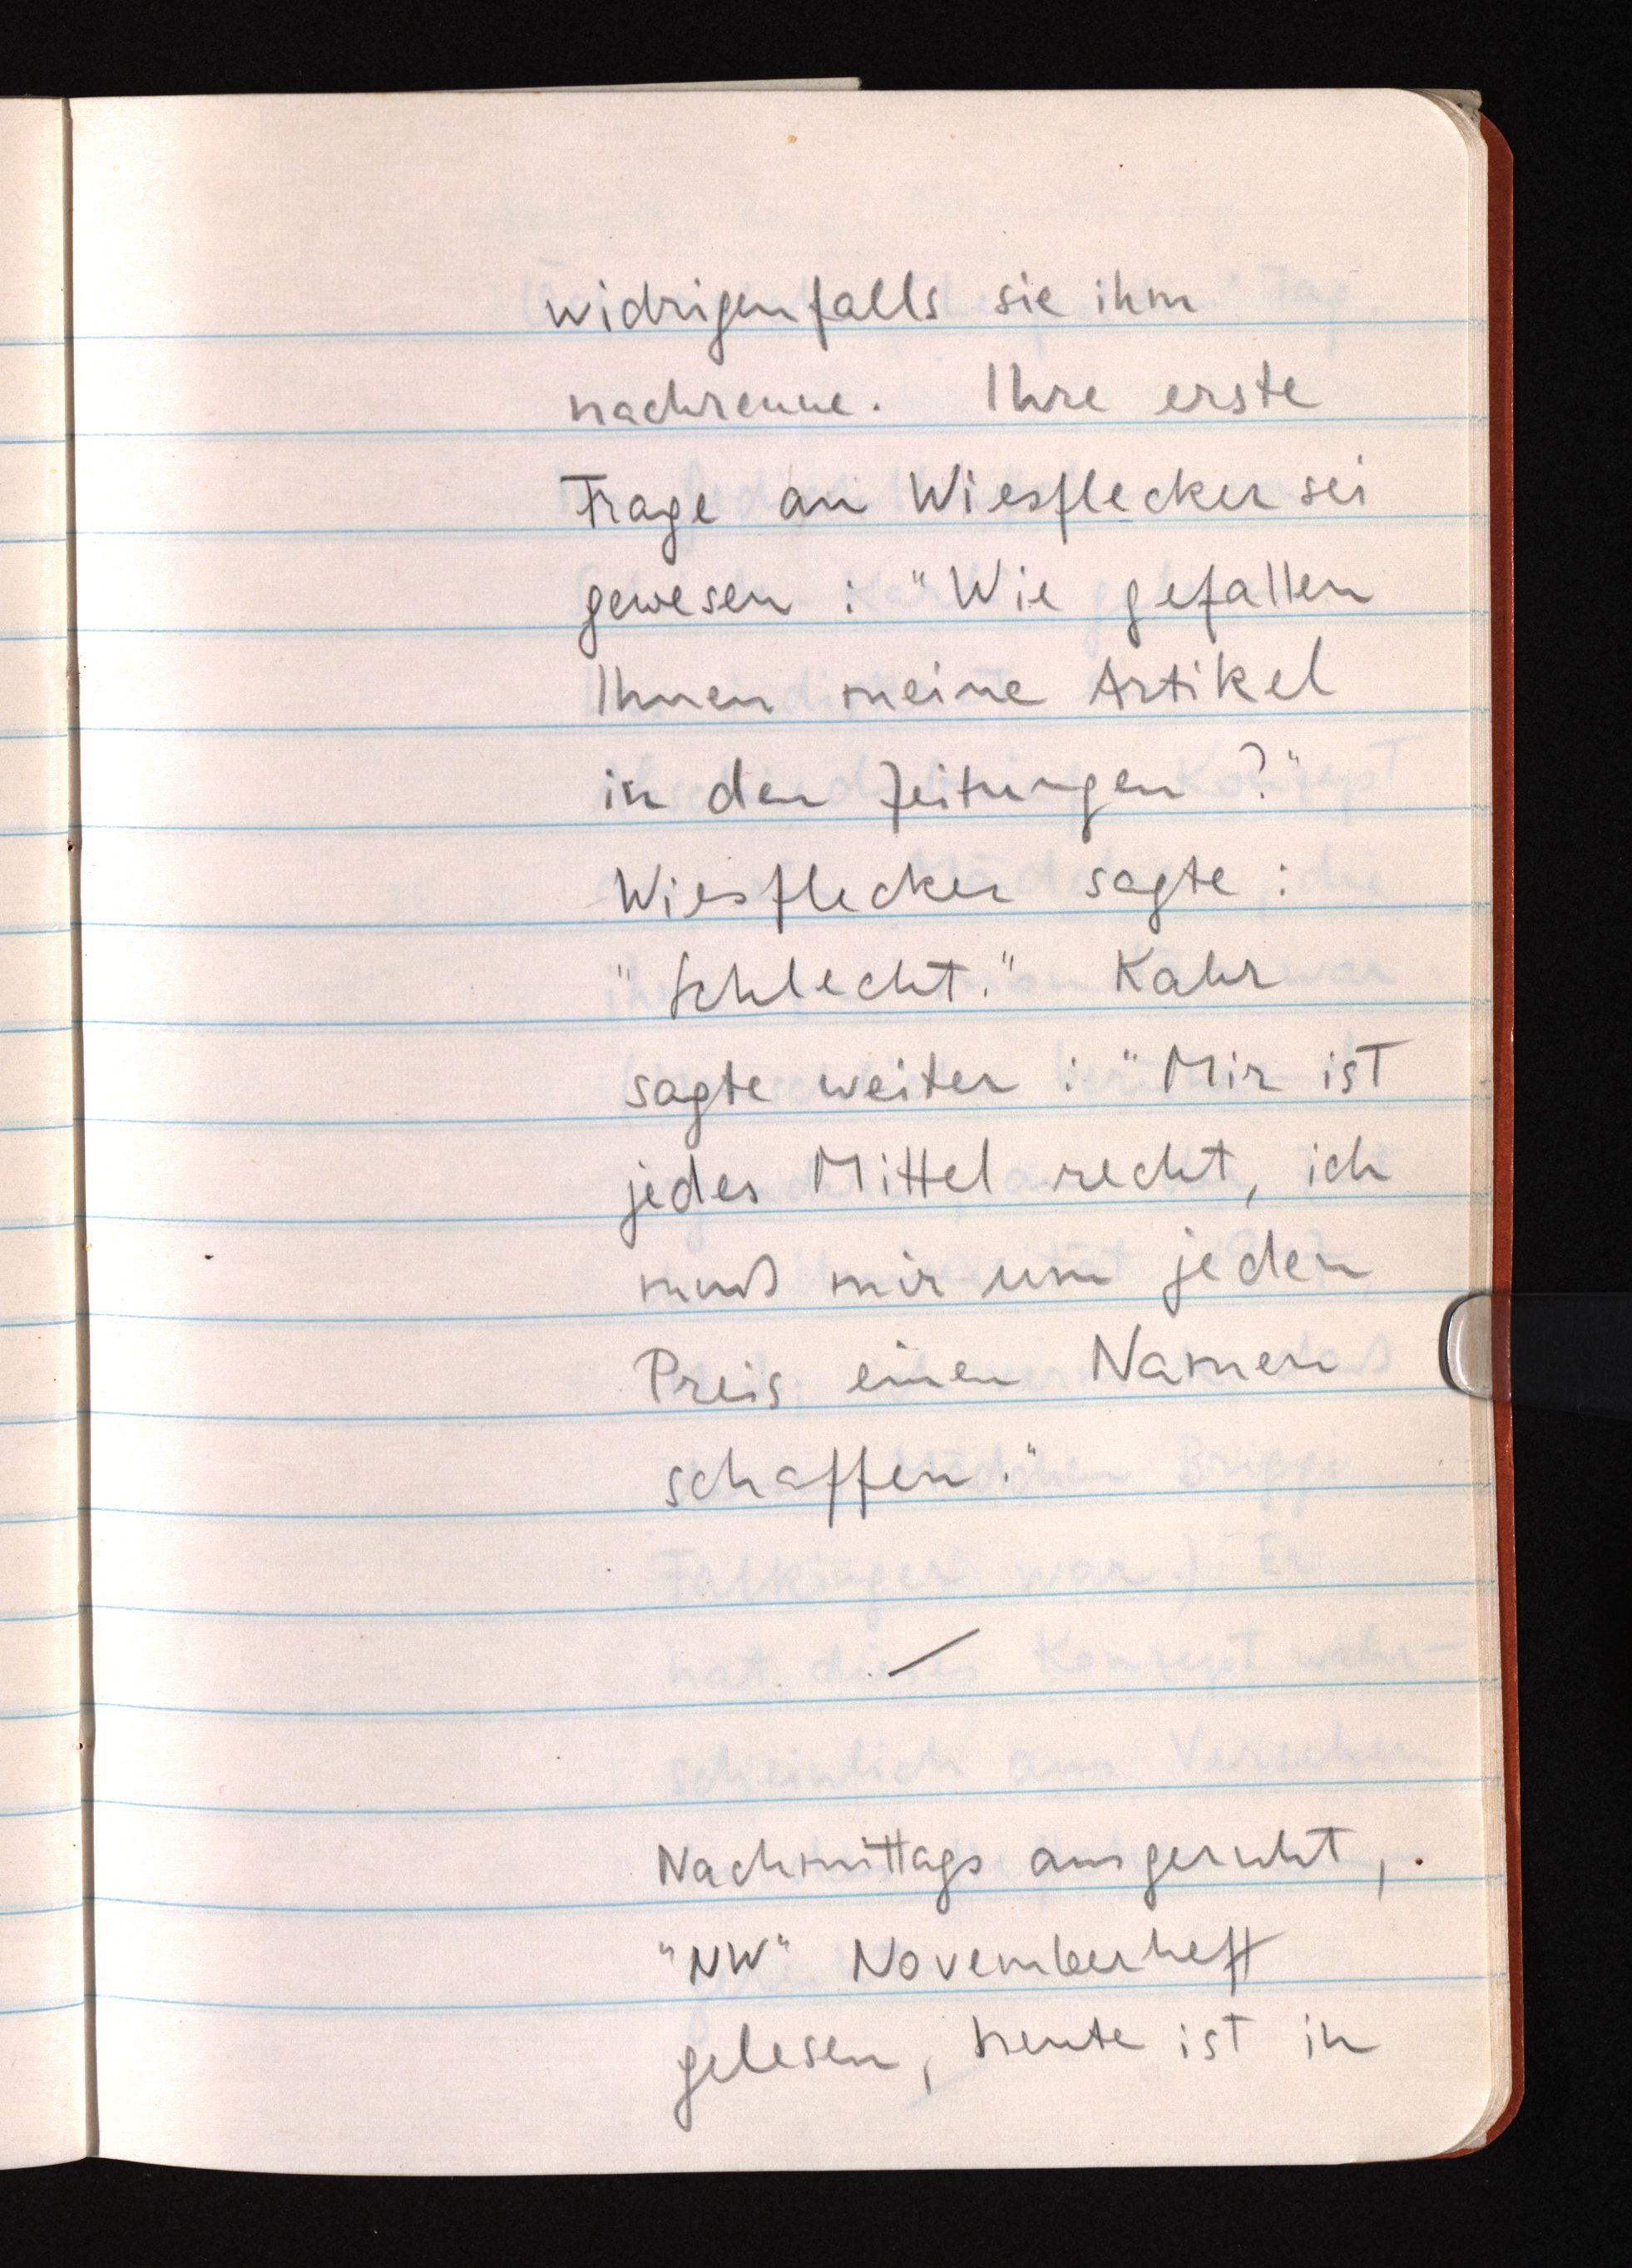
widrigenfalls sie ihm
nachrenne. Ihre erste
Frage an Wiesflecker sei
gewesen: "Wie gefallen
Ihnen meine Artikel
in den Zeitungen?"
Wiesflecker sagte:
"Schlecht." Kahr
sagte weiter: "Mir ist
jedes Mittel recht, ich
muß mir um jeden
Preis einen Namen
schaffen."
Nachmittags ausgeruht,
"NW" Novemberheft
gelesen, heute ist in